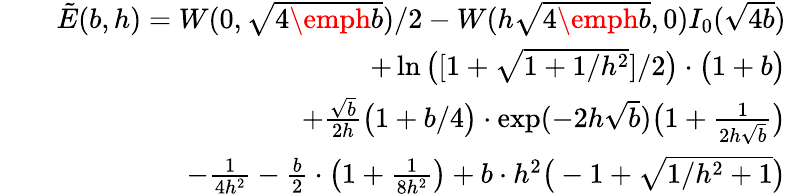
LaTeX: \begin{array}{rlr}&{}&{\tilde{E}(b,h)=W(0,\sqrt{4\emph{b}})/2-W(h\sqrt{4\emph{b}},0)I_{0}(\sqrt{4b})}\\ &{}&{+\ln\big([1+\sqrt{1+1/h^{2}}]/2\big)\cdot\big(1+b\big)}\\ &{}&{+{\frac{\sqrt{b}}{2h}}\big(1+b/4\big)\cdot\exp(-2h\sqrt{b})\big(1+{\frac{1}{2h\sqrt{b}}}\big)}\\ &{}&{-{\frac{1}{4h^{2}}}-{\frac{b}{2}}\cdot\big(1+{\frac{1}{8h^{2}}}\big)+b\cdot h^{2}\big(-1+\sqrt{1/h^{2}+1}\big)}\end{array}